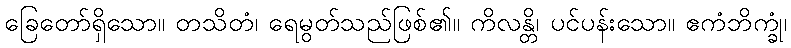
ခြေတော်ရှိသော။ တသိတံ၊ ရေမွတ်သည်ဖြစ်၏။ ကိလန္တိ၊ ပင်ပန်းသော။ ဧကံဘိက္ခုံ၊